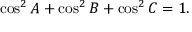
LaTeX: \displaystyle \cos ^ { 2 } { A } + \cos ^ { 2 } { B } + \cos ^ { 2 } { C } = 1 .